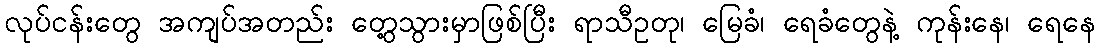
လုပ်ငန်းတွေ အကျပ်အတည်း တွေ့သွားမှာဖြစ်ပြီး ရာသီဥတု၊ မြေခံ၊ ရေခံတွေနဲ့ ကုန်းနေ၊ ရေနေ